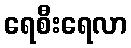
ရေစီးရေလာ